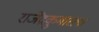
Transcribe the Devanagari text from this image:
राजेंद्रकुमारला